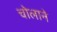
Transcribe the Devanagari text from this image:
चोलाने